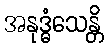
အနုဒ္ဓံသေန္တိ